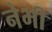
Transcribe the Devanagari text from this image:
नेभी